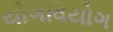
યોગવિયોગ